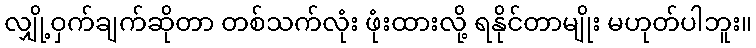
လျှို့ဝှက်ချက်ဆိုတာ တစ်သက်လုံး ဖုံးထားလို့ ရနိုင်တာမျိုး မဟုတ်ပါဘူး။